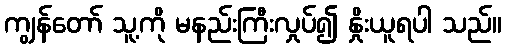
ကျွန်တော် သူ့ကို မနည်းကြီးလှုပ်၍ နှိုးယူရပါ သည်။